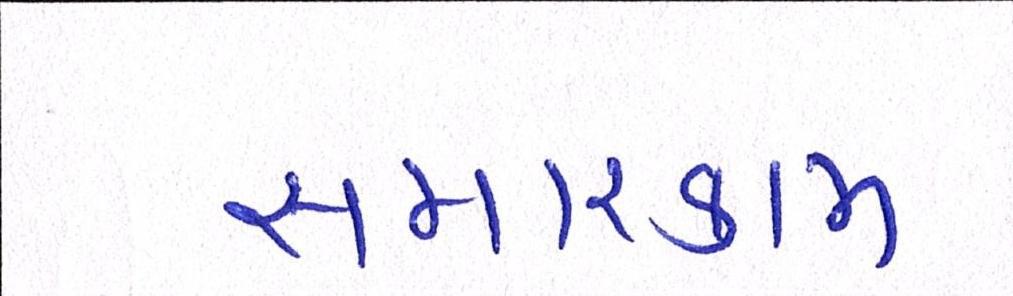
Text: સમારકામ